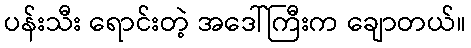
ပန်းသီး ရောင်းတဲ့ အဒေါ်ကြီးက ချောတယ်။